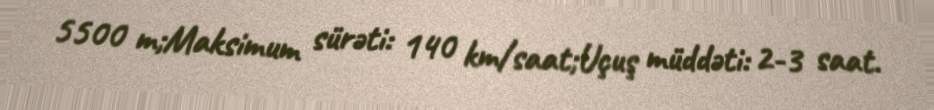
5500 m;Maksimum sürəti: 140 km/saat;Uçuş müddəti: 2-3 saat.